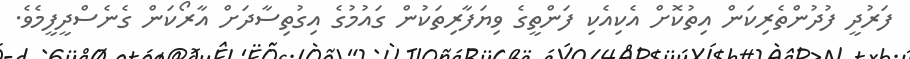
ފަރުދީ ފުދުންތެރިކަން އިތުކޮށް އެކިއެކި ފަންތީގެ ވިޔަފާރިތަކުން ގައުމުގެ އިގުތިސާދަށް އާރޯކަން ގެނެސްދީފީމެވެ.